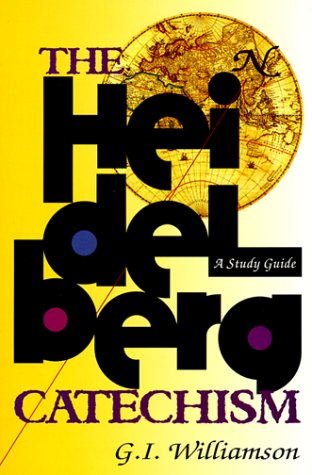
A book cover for The Heidelberg Catechism: A Study Guide; G. I. Williamson; Christian Books & Bibles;